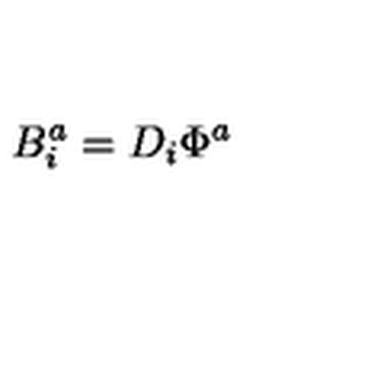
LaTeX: B _ { i } ^ { a } = D _ { i } \Phi ^ { a }